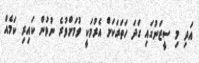
އަދި މި ސީޒަނުގައި ގަދަ ހަތަރަކަށް އެރުމަކީ ވުމަށްވުރެ ނުވުން ކައިރި ކަމެއް